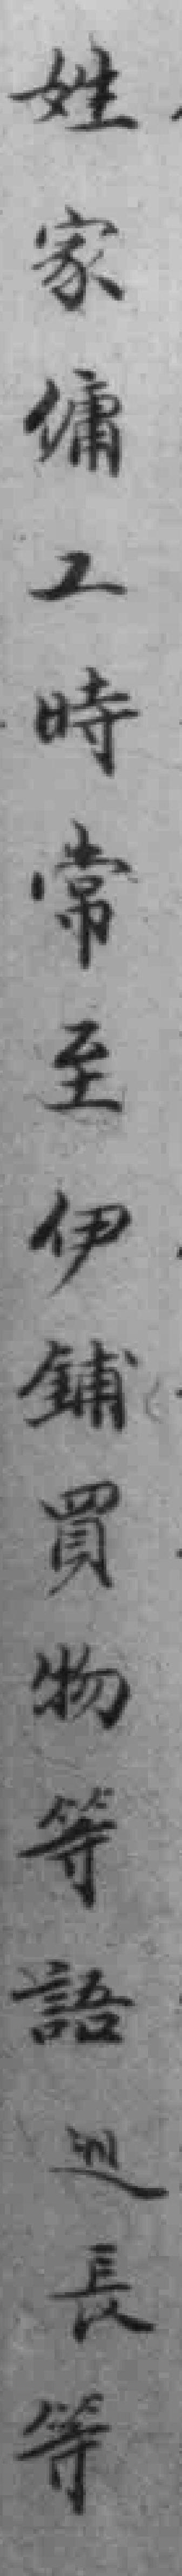
姓家傭工時常至伊鋪買物等語巡長等